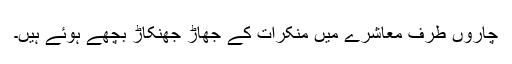
چاروں طرف معاشرے میں منکرات کے جھاڑ جھنکاڑ بچھے ہوئے ہیں۔